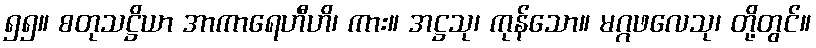
၅၅။ စတုသဋ္ဌိယာ အာကာရေဟီဟိ၊ ကား။ အဋ္ဌသု၊ ကုန်သော။ မဂ္ဂဖလေသု၊ တို့တွင်။